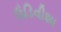
ઉડિવીશા